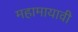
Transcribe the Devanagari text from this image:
महामायावी